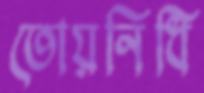
তোয়নিধি